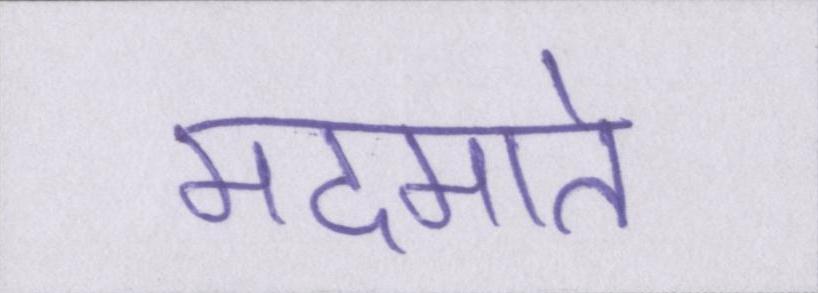
मदमाते